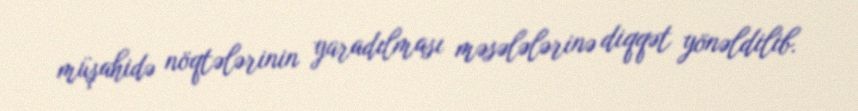
müşahidə nöqtələrinin yaradılması məsələlərinə diqqət yönəldilib.